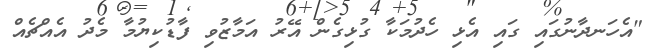
"އެހަނދާނުގައި ގައި އެޅި ހެދުމަކާ ގުޅިގެން އޭރު އަމާޒުވި ފާޑުކިޔުމާ މެދު އެއްޗެއް